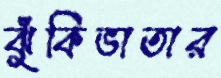
ঝুঁকিভাতার